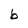
Character: b